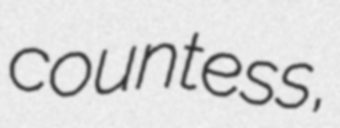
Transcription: countess,